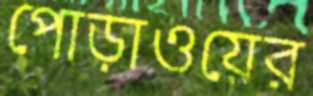
পোড়াওয়ের